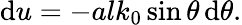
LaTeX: \mathrm{d}u=-alk_{0}\sin\theta\, \mathrm{d}\theta.